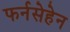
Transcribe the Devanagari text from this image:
फर्नसेहेन